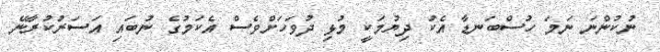
ނުކުންނަ ނަމަ ހުސްބަނޑާ އެކު ދިޔުމަކީ މުޅި ދުވަހަށްވެސް އެކަމުގެ ނުބައި އަސަރުކުރާނޭ